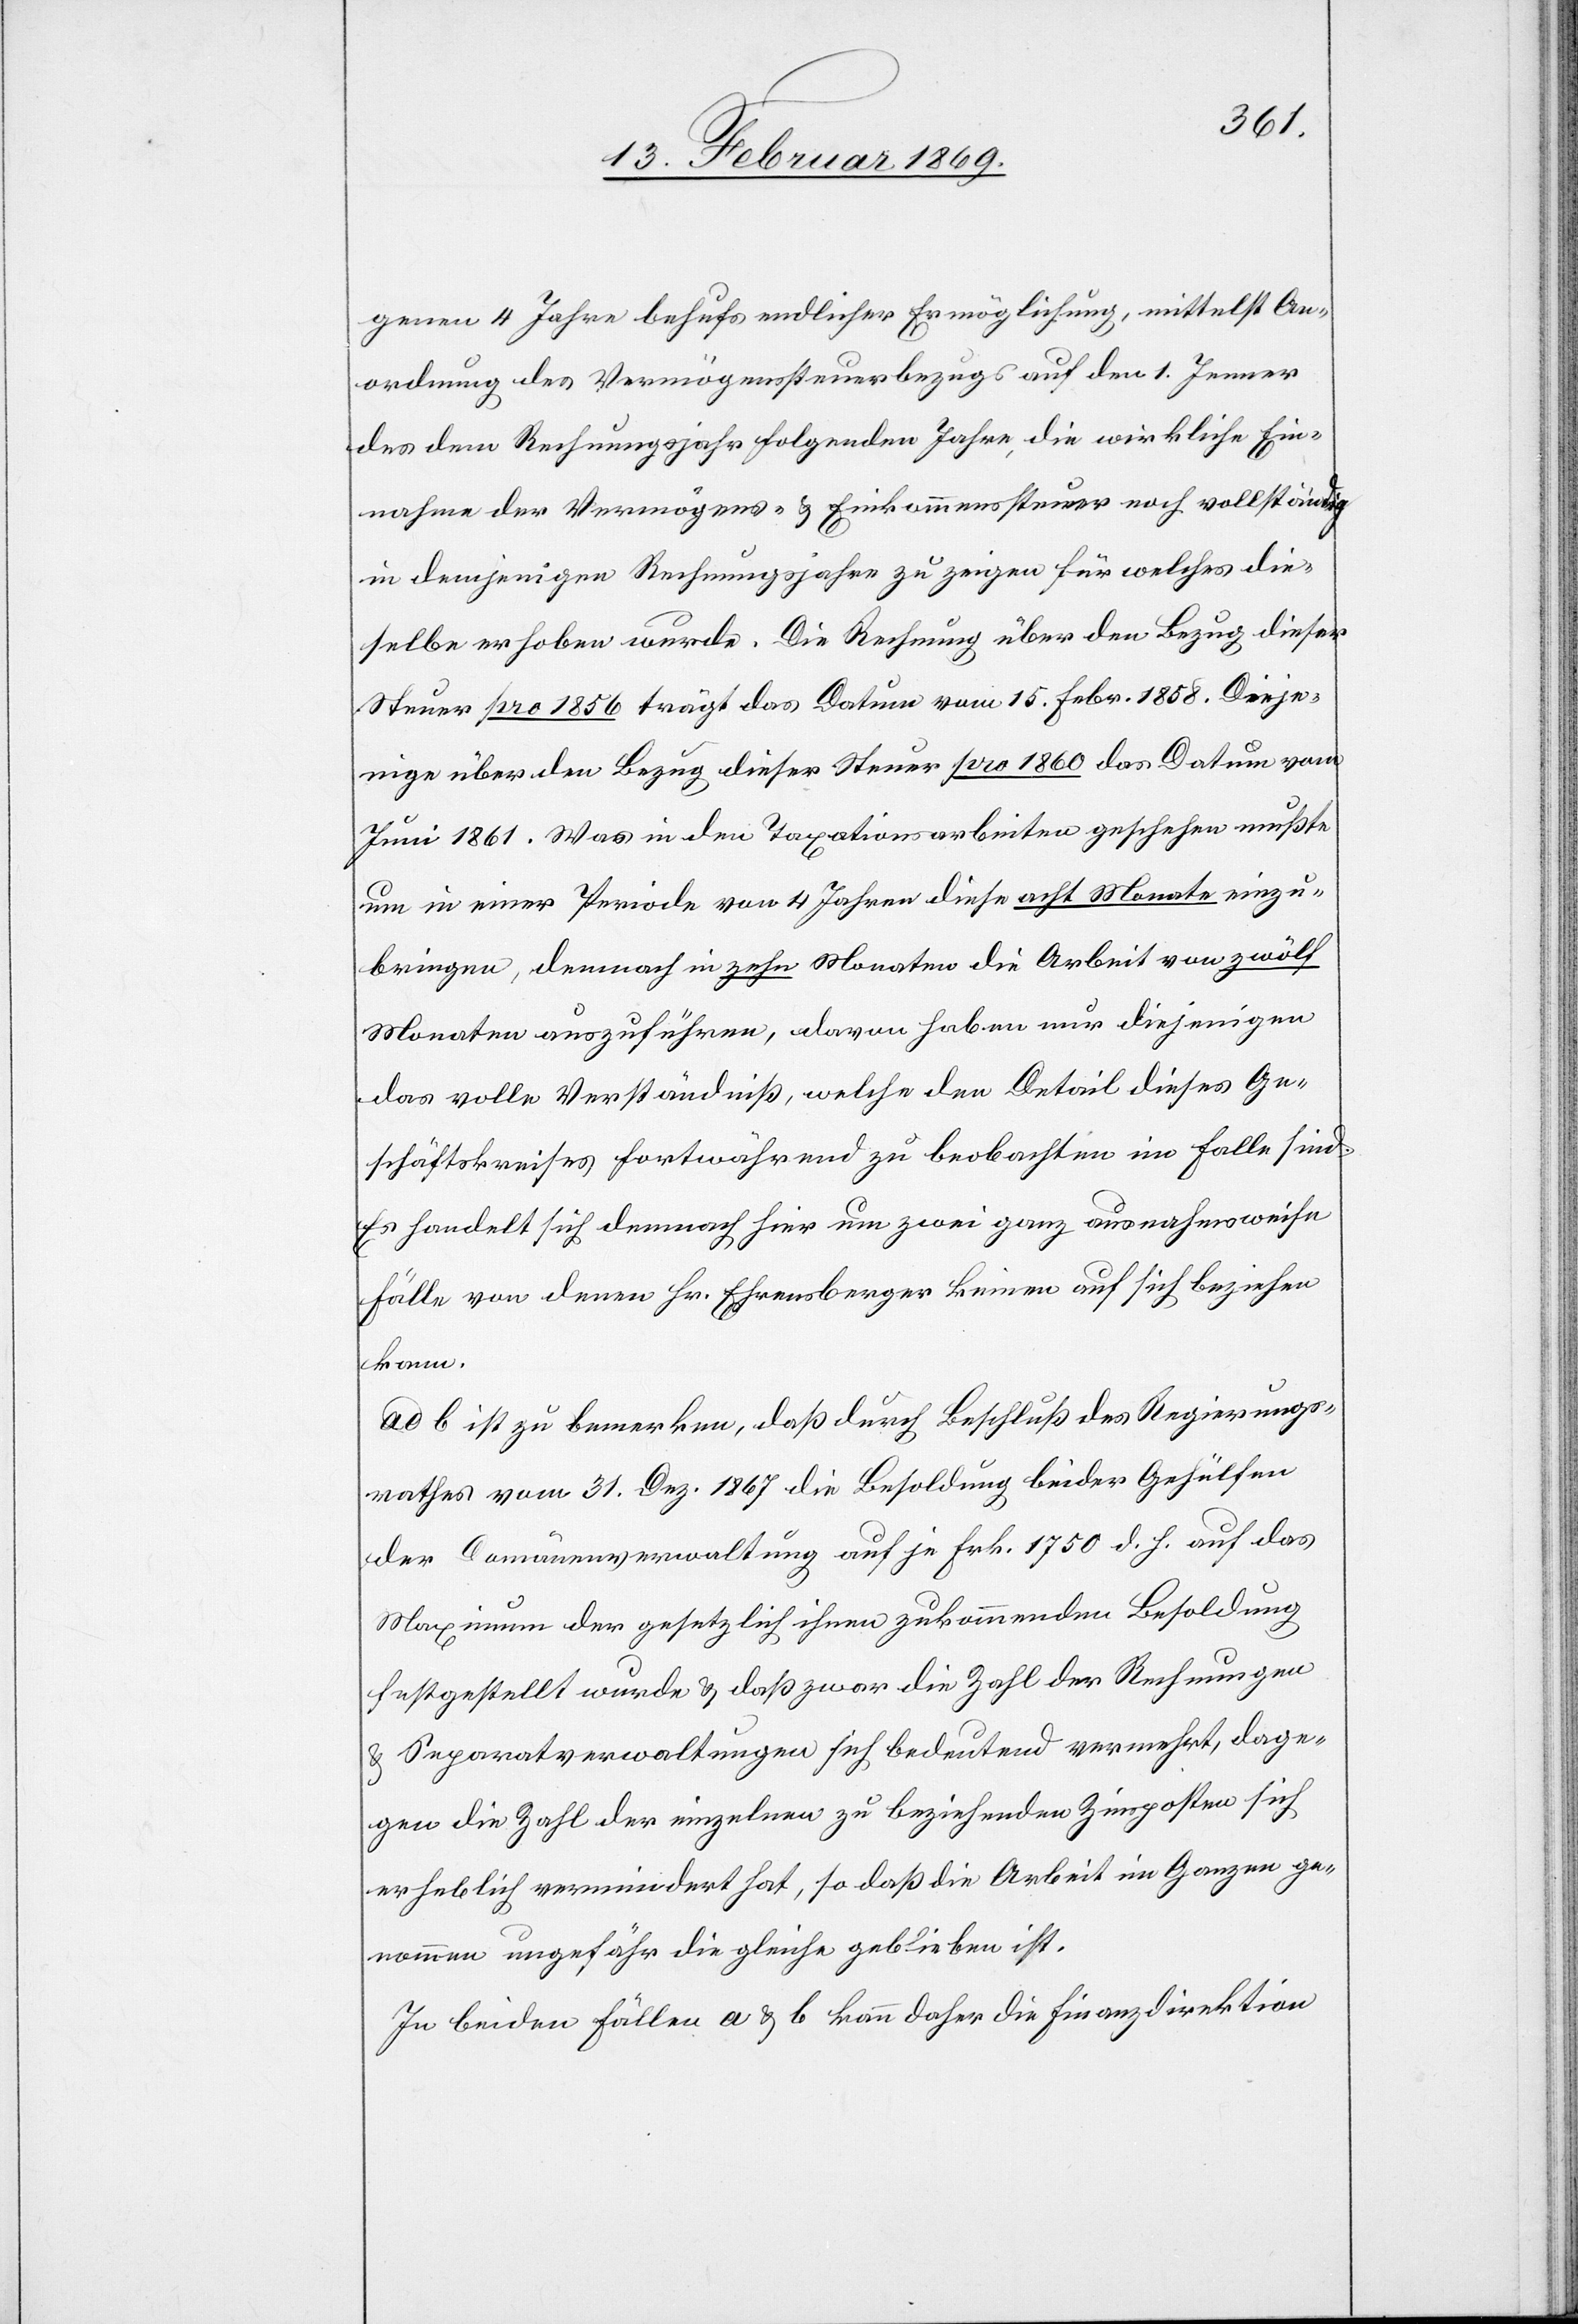
genen 4 Jahre behufs endlicher Ermöglichung, mittelst An¬
ordnung des Vermögenssteuerbezugs auf den 1. Jenner
des dem Rechnungsjahr folgenden Jahre, die wirkliche Ein¬
nahme der Vermögens- u. Einkommenssteuer noch vollständig
in demjenigen Rechnungsjahre zu zeigen für welches die¬
selbe erhoben wurde. Die Rechnung über den Bezug dieser
Steuer pro 1856 trägt das Datum vom 15. Febr. 1858. Dieje¬
nige über den Bezug dieser Steuer pro 1860 das Datum vom
Juni 1861. Was in den Taxationsarbeiten geschehen mußte
um in einer Periode von 4 Jahren diese acht Monate einzu¬
bringen, demnach in zehn Monaten die Arbeit von zwölf
Monaten auszuführen, davon haben nur diejenigen
das volle Verständniß, welche den Detail dieses Ge¬
schäftskomites fortwährend zu beobachten im Falle sind.
Es handelt sich dennoch hier um zwei ganz ausnahmsweise
Fälle von denen Hr. Ehrensberger keinen auf sich beziehen
kann.
ad b ist zu bemerken, daß durch Beschluß des Regierungs¬
rathes vom 31. Dez. 1867 die Besoldung beider Gehülfen
der Domänenverwaltung auf je Frk. 1750 d. h. auf das
Maximum der gesetzlich ihnen zukommenden Besoldung
festgestellt wurde & daß zwar die Zahl der Rechnungen
& Separatsverwaltungen sich bedeutend vermehrt, dage¬
gen die Zahl der einzelnen zu beziehenden Zinsposten sich
erheblich vermindert hat, so daß die Arbeit im Ganzen ge¬
nommen ungefähr die gleiche geblieben ist.
In beiden Fällen a & b kann daher die Finanzdirektion